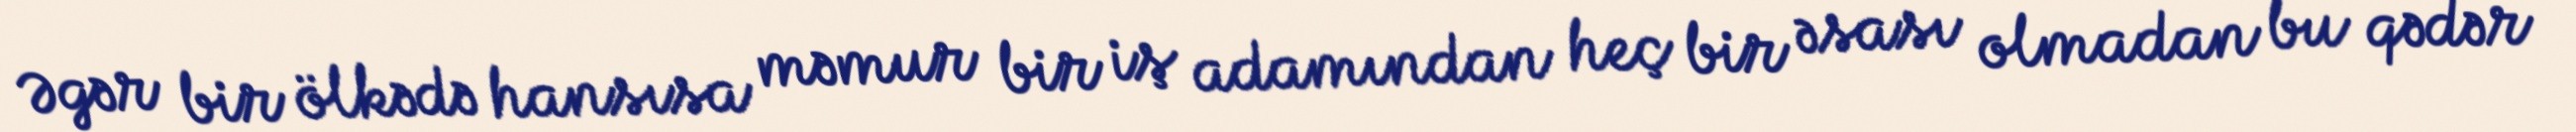
Əgər bir ölkədə hansısa məmur bir iş adamından heç bir əsası olmadan bu qədər